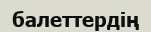
балеттердің